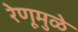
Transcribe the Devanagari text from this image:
रेणूमुळे